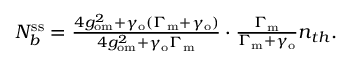
\begin{array} { r } { N _ { b } ^ { \mathrm { s s } } = \frac { 4 g _ { \mathrm { o m } } ^ { 2 } + \gamma _ { \mathrm { o } } ( \Gamma _ { \mathrm { m } } + \gamma _ { \mathrm { o } } ) } { 4 g _ { \mathrm { o m } } ^ { 2 } + \gamma _ { \mathrm { o } } \Gamma _ { \mathrm { m } } } \cdot \frac { \Gamma _ { \mathrm { m } } } { \Gamma _ { \mathrm { m } } + \gamma _ { \mathrm { o } } } n _ { t h } . } \end{array}